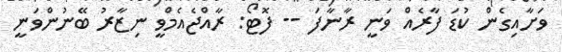
ވަށާއިގެން ކުޑަ ފާރެއް ވަނީ ރާނާފަ -- ފޮޓޯ: ރާއްޖެއެމްވީ ނިޒާރު ބޭނުންވަނީ